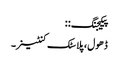
پیکیجنگ: :
ڈھول ، پلاسٹک کنٹینر۔